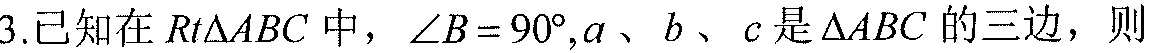
3.已知在\(Rt\triangle ABC\)中，\(\angle B = 90^{\circ},a\)、\(b\)、\(c\)是\(\triangle ABC\)的三边，则